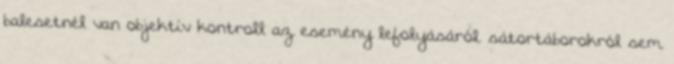
balesetnél van objektív kontroll az esemény lefolyásáról. sátortáborokról sem